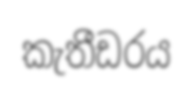
කැතීඩරය